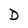
Character: D